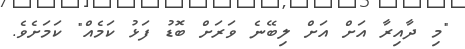
"މި ދާއިރާ އަށް އަށް ލިބޭނެ ވަރަށް ބޮޑު ފަޅު ކަމެއް" ކަމަށެވެ.